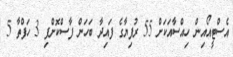
އެސްޓީއޯއިން ހިއްސާއަކަށް 55 ރުފިޔާގެ ފައިދާ ބަހަން ފާސްކޮށްފި 3 ހަފްތާ 5